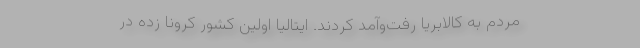
مردم به کالابریا رفت‌و‌آمد کردند. ایتالیا اولین کشور کرونا زده در